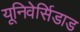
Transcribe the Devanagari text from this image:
यूनिवेर्सिडाड